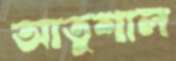
আতুশাল